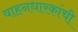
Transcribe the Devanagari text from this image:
वाहनधारकांची